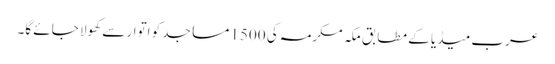
عرب میڈیا کے مطابق مکہ مکرمہ کی 1500 مساجد کو اتوار سے کھولا جائے گا۔